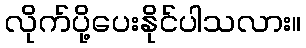
လိုက်ပို့ပေးနိုင်ပါသလား။